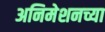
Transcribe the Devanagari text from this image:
अनिमेशनच्या